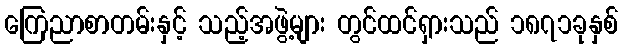
ကြေညာစာတမ်းနှင့် သည့်အဖွဲ့များ တွင်ထင်ရှားသည် ၁၈၇၁ခုနှစ်